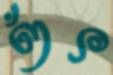
ওঁৎ